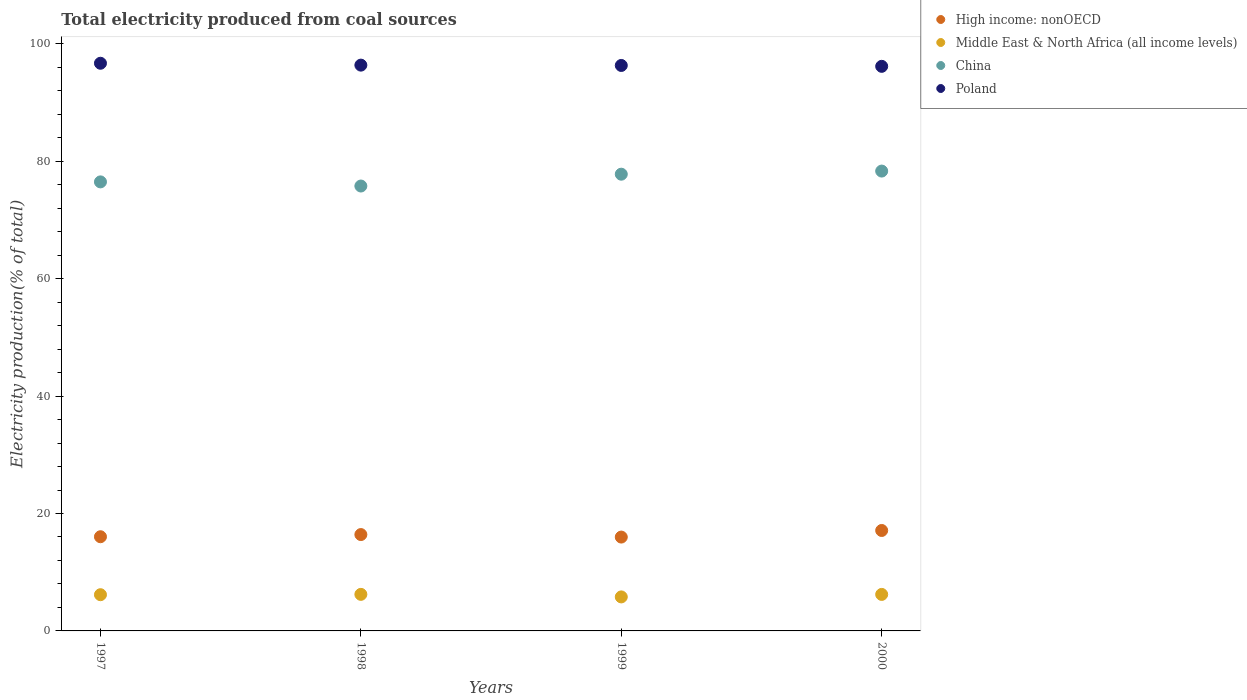
| Years | High income: nonOECD | Middle East & North Africa (all income levels) | China | Poland |
 | --- | --- | --- | --- | --- |
 | 1997 | 16 | 6.17 | 76.5 | 96.7 |
 | 1998 | 16.4 | 6.23 | 75.8 | 96.4 |
 | 1999 | 16 | 5.79 | 77.8 | 96.3 |
 | 2000 | 17.1 | 6.22 | 78.3 | 96.2 |